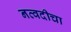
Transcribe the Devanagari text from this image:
नव्वदीचा